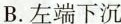
B.左端下沉